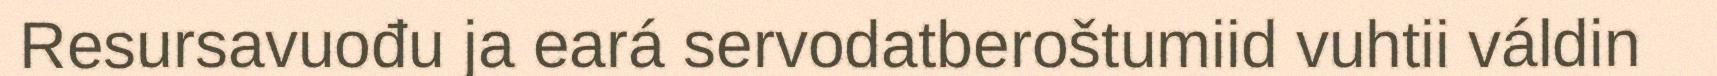
Resursavuođu ja eará servodatberoštumiid vuhtii váldin